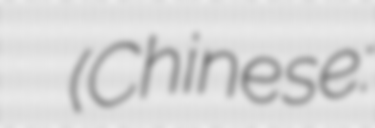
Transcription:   (Chinese: